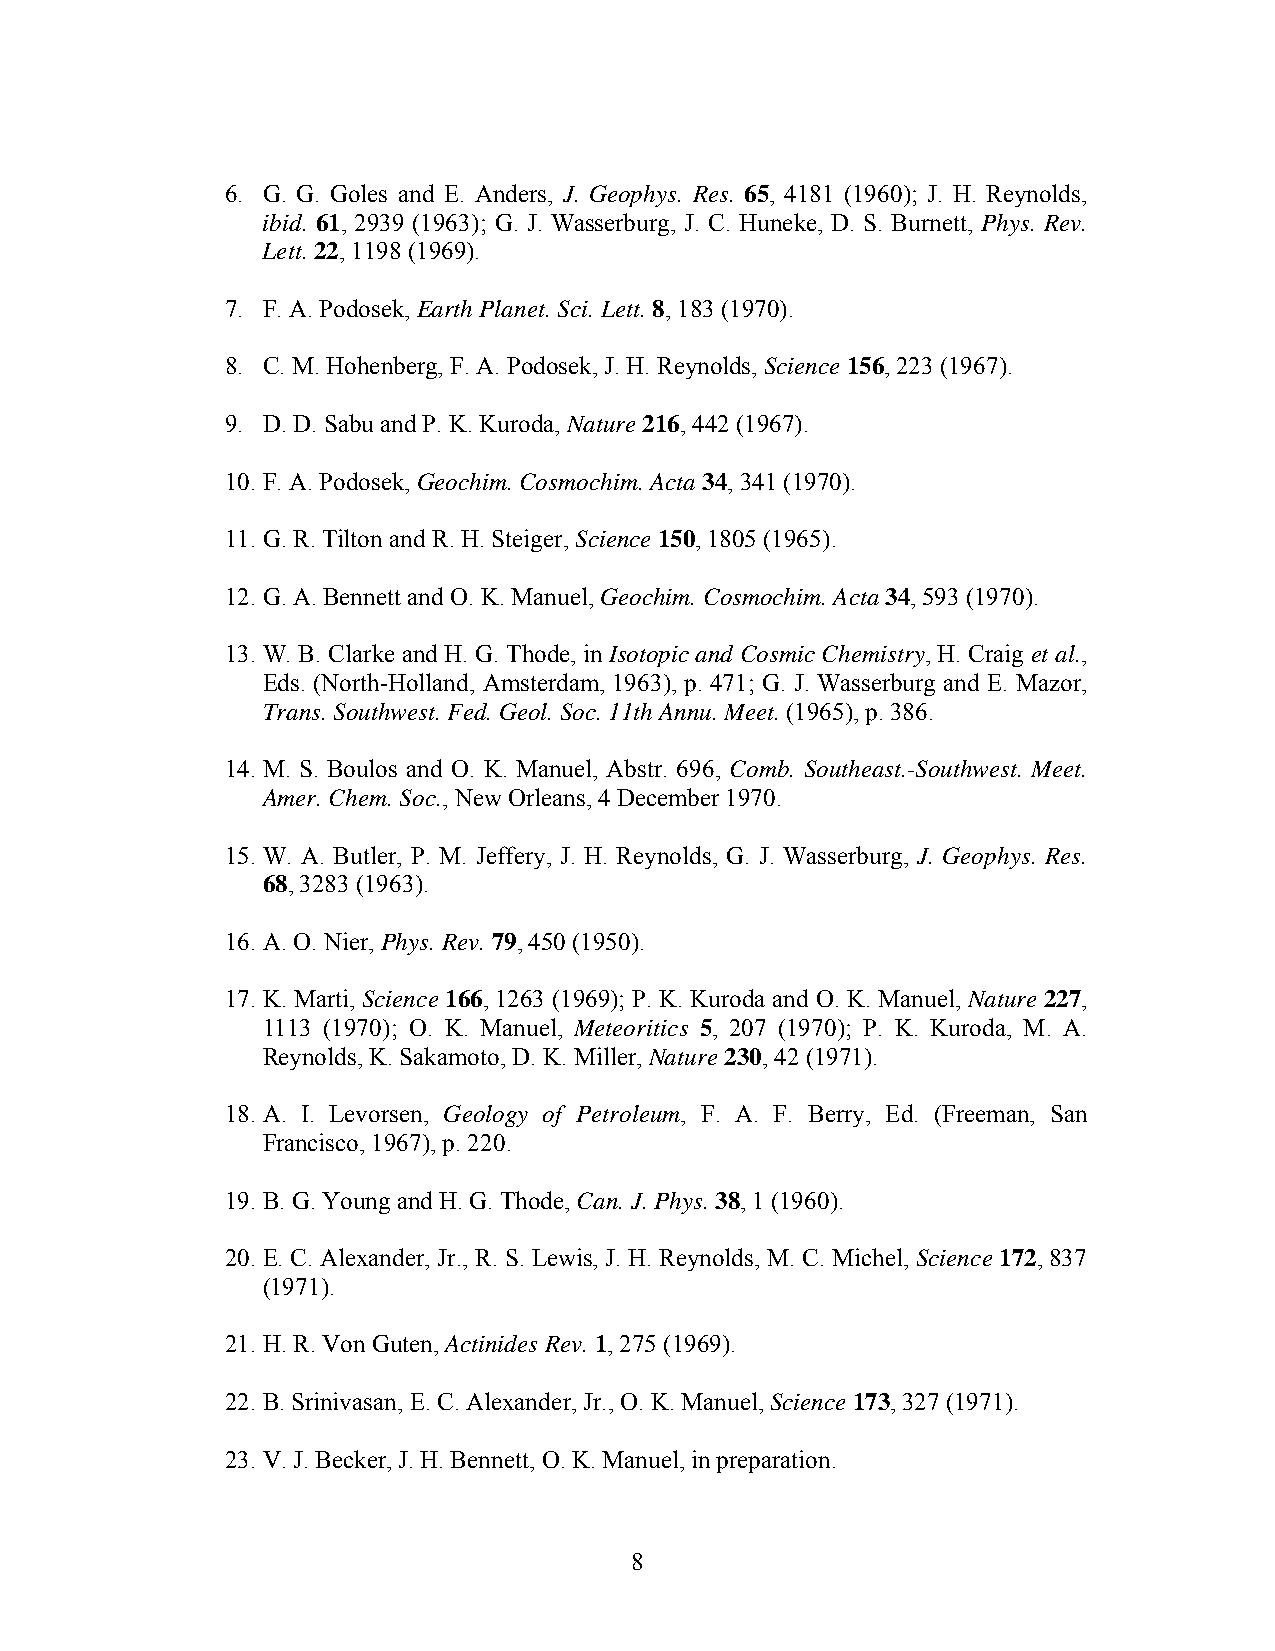
6. G. G. Goles and E. Anders, J. Geophys. Res. 65, 4181 (1960); J. H. Reynolds,
 ibid. 61, 2939 (1963); G. J. Wasserburg, J. C. Huneke, D. S. Burnett, Phys. Rev.
 Lett. 22, 1198 (1969).
 7. F. A. Podosek, Earth Planet. Sci. Lett. 8, 183 (1970).
 8. C. M. Hohenberg, F. A. Podosek, J. H. Reynolds, Science 156, 223 (1967).
 9. D. D. Sabu and P. K. Kuroda, Nature 216, 442 (1967).
 10. F. A. Podosek, Geochim. Cosmochim. Acta 34, 341 (1970).
 11. G. R. Tilton and R. H. Steiger, Science 150, 1805 (1965).
 12. G. A. Bennett and O. K. Manuel, Geochim. Cosmochim. Acta 34, 593 (1970).
 13. W. B. Clarke and H. G. Thode, in Isotopic and Cosmic Chemistry, H. Craig et al.,
 Eds. (North-Holland, Amsterdam, 1963), p. 471; G. J. Wasserburg and E. Mazor,
 Trans. Southwest. Fed. Geol. Soc. 11th Annu. Meet. (1965), p. 386.
 14. M. S. Boulos and O. K. Manuel, Abstr. 696, Comb. Southeast.-Southwest. Meet.
 Amer. Chem. Soc., New Orleans, 4 December 1970.
 15. W. A. Butler, P. M. Jeffery, J. H. Reynolds, G. J. Wasserburg, J. Geophys. Res.
 68, 3283 (1963).
 16. A. O. Nier, Phys. Rev. 79, 450 (1950).
 17. K. Marti, Science 166, 1263 (1969); P. K. Kuroda and O. K. Manuel, Nature 227,
 1113 (1970); O. K. Manuel, Meteoritics 5, 207 (1970); P. K. Kuroda, M. A.
 Reynolds, K. Sakamoto, D. K. Miller, Nature 230, 42 (1971).
 18. A. I. Levorsen, Geology of Petroleum, F. A. F. Berry, Ed. (Freeman, San
 Francisco, 1967), p. 220.
 19. B. G. Young and H. G. Thode, Can. J. Phys. 38, 1 (1960).
 20. E. C. Alexander, Jr., R. S. Lewis, J. H. Reynolds, M. C. Michel, Science 172, 837
 (1971).
 21. H. R. Von Guten, Actinides Rev. 1, 275 (1969).
 22. B. Srinivasan, E. C. Alexander, Jr., O. K. Manuel, Science 173, 327 (1971).
 23. V. J. Becker, J. H. Bennett, O. K. Manuel, in preparation.
 8